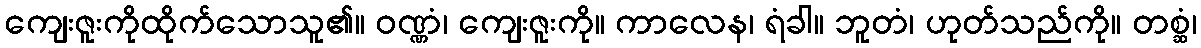
ကျေးဇူးကိုထိုက်သောသူ၏။ ဝဏ္ဏံ၊ ကျေးဇူးကို။ ကာလေန၊ ရံခါ။ ဘူတံ၊ ဟုတ်သည်ကို။ တစ္ဆံ၊